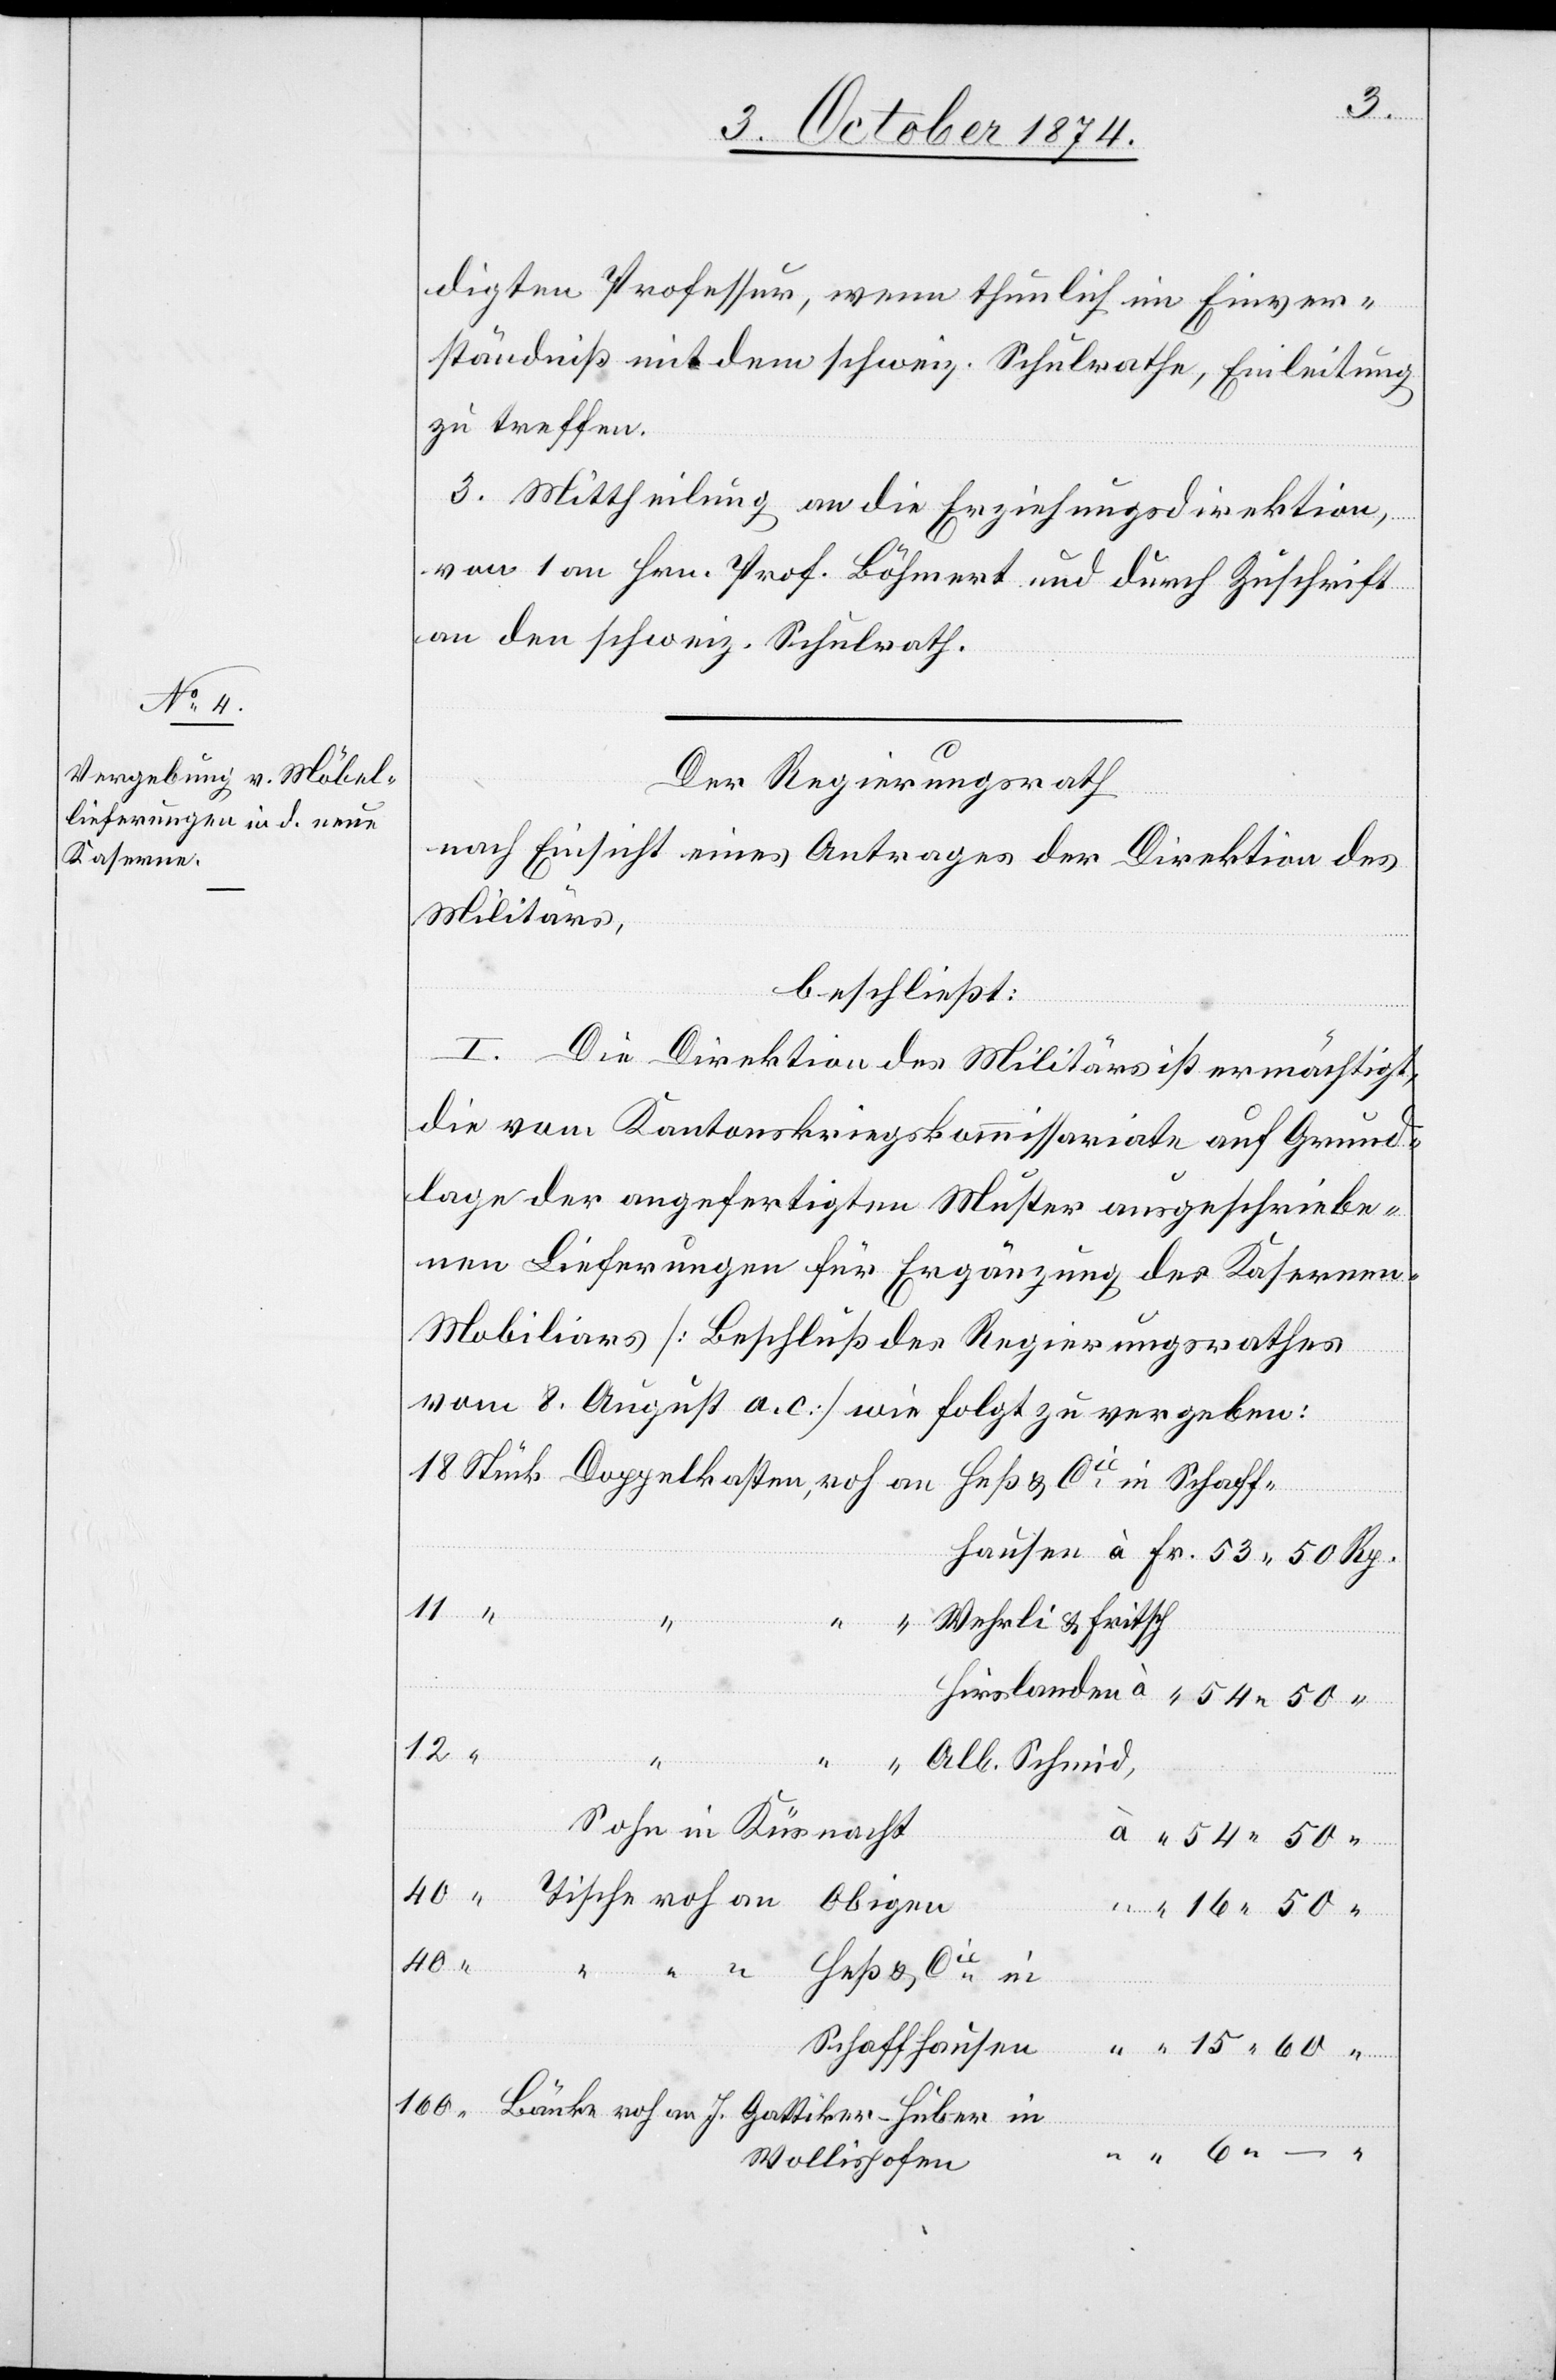
53.
digten Professur, wenn thunlich im Einver¬
ständiß mit dem schweiz. Schulrathe, Einleitung
zu treffen.
3. Mittheilung an die Erziehungsdirektion,
von 1 an Hrn. Prof. Böhmert und durch Zuschrift
an den schweiz. Schulrath.
Der Regierungsrath
nach Einsicht eines Antrages der Direktion des
Militärs,
beschließt:
in
I. Die Direktion des Militärs ist ermächtigt,
die vom Kantonskriegskommissariate auf Grund¬
lage der angefertigten Muster ausgeschriebe¬
nen Lieferungen für Ergänzung des Kaserne¬
n-Mobiliars [Beschluß des Regierungsrathes
vom 8. August a. c.] wie folgt zu vergeben:
Wehrli & Fritsch[,]
“
15.
an
J.
Alb. Schmid,
Sohn in Küsnacht
40
Heß & Cie in
Schaffhausen
Wollishofen